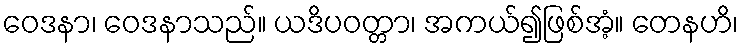
ဝေဒနာ၊ ဝေဒနာသည်။ ယဒိပဝတ္တာ၊ အကယ်၍ဖြစ်အံ့။ တေနဟိ၊